Sanitation, dispensaries and jails vaccination Rajputana 1922-1927 - 1922-1927
Year: 1922
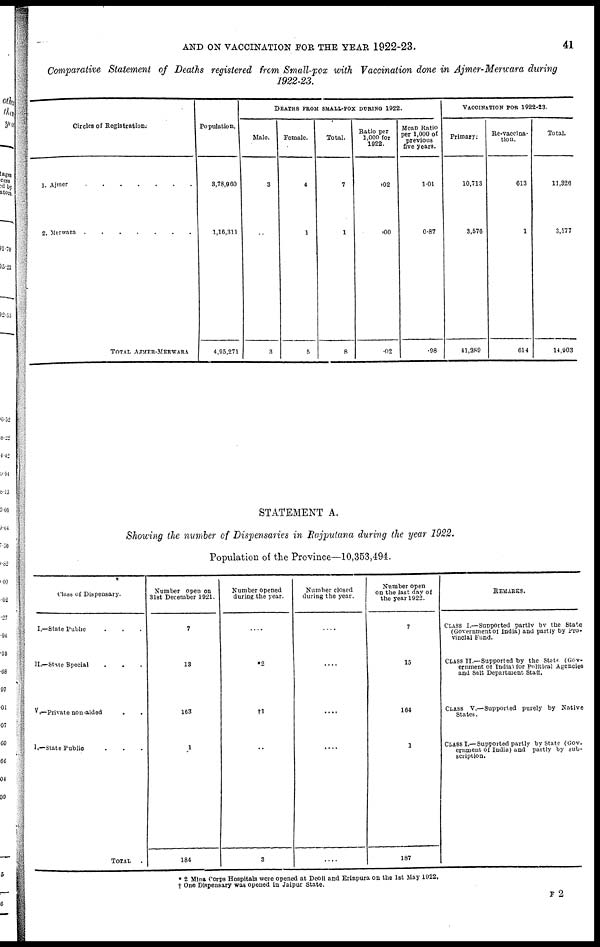
AND ON VACCINATION FOR THE YEAR 1922-23.
41
Comparative Statement of Deaths registered from Small-pox with Vaccination done in Ajmer-Merwara during
1922-23.
Circles of Registration.
1. Ajmer
.
.
.
.
.
.
.
2. Merwara
.
.
.
.
.
.
.
TOTAL AJMER-MERWARA
Population.
3,78,960
1,16,311
4,95,271
DEATHS FROM SMALL-POX DURING 1922.
Male.
3
..
3
Female.
4
1
5
Total.
7
1
8
Ratio per
1,000 for
1022.
.02
.00
.02
Mean Ratio
per 1,000 of
previous
five years.
1.01
0.87
.98
VACCINATION FOR 1922-23.
Primary.
10,713
3,576
41,289
Re-vaccina-
tion.
613
1
614
Total.
11,326
3,577
14,903
STATEMENT A.
Showing the number of Dispensaries in Rajputana during the year 1922.
Population of the Province—10,353,494.
Class of Dispensary.
I.—State Public . . .
II.—State Special . . .
V.— Private non-aided . .
I.—State Public . . .
TOTAL .
Number open on
31st December 1921.
7
13
163
1
184
Number opened
during the year.
. . . .
*2
†1
. .
3
Number closed
during the year.
. . . .
. . . .
. . . .
. . . .
. . . .
Number open
on the last day of
the year 1922.
7
15
164
1
187
REMARKS.
CLASS I.—Supported partly by the State
(Government of India) and partly by Pro-
vincial Fund.
CLASS II.—Supported by the State (Gov-
ernment of India) for Political Agencies
and Salt Department Staff.
CLASS V.—Supported purely by Native
States.
CLASS I.—Supported partly by State (Gov¬
ernment of India) and partly by sub¬
scription.
* 2 Mina Corps Hospitals were opened at Deoli and Erinpura on the 1st May 1922.
† One Dispensary was opened in Jaipur State.
F 2